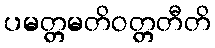
ပမတ္တမတိဝတ္တတီတိ